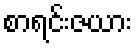
စာရင်းဇယား